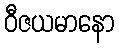
ဝီဇယမာနော